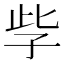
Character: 𡥎